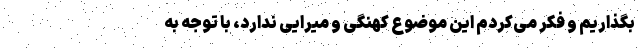
بگذاریم و فکر می‌کردم این موضوع کهنگی و میرایی ندارد، با توجه به